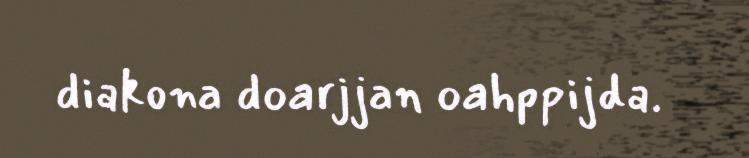
diakona doarjjan oahppijda.